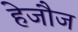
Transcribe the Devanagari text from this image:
हेजौज